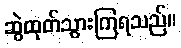
ဆွဲထုတ်သွားကြရသည်။